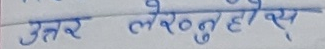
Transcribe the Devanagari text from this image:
उत्तर लेख्नुहोस्।